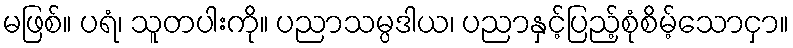
မဖြစ်။ ပရံ၊ သူတပါးကို။ ပညာသမ္ပဒါယ၊ ပညာနှင့်ပြည့်စုံစိမ့်သောငှာ။